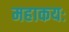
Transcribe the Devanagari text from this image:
महाकयः